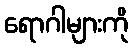
ရောဂါများကို